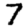
Digit: 7